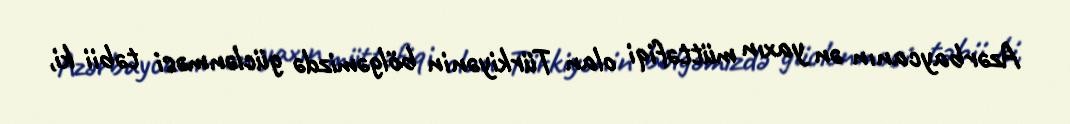
Azərbaycanın ən yaxın müttəfiqi olan Türkiyənin bölgəmizdə güclənməsi təbii ki,